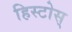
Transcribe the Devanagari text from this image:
हिस्टोस्‌